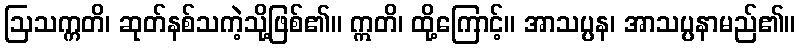
ဩသက္ကတိ၊ ဆုတ်နစ်သကဲ့သို့ဖြစ်၏။ ဣတိ၊ ထို့ကြောင့်။ အာသပ္ပန၊ အာသပ္ပနာမည်၏။